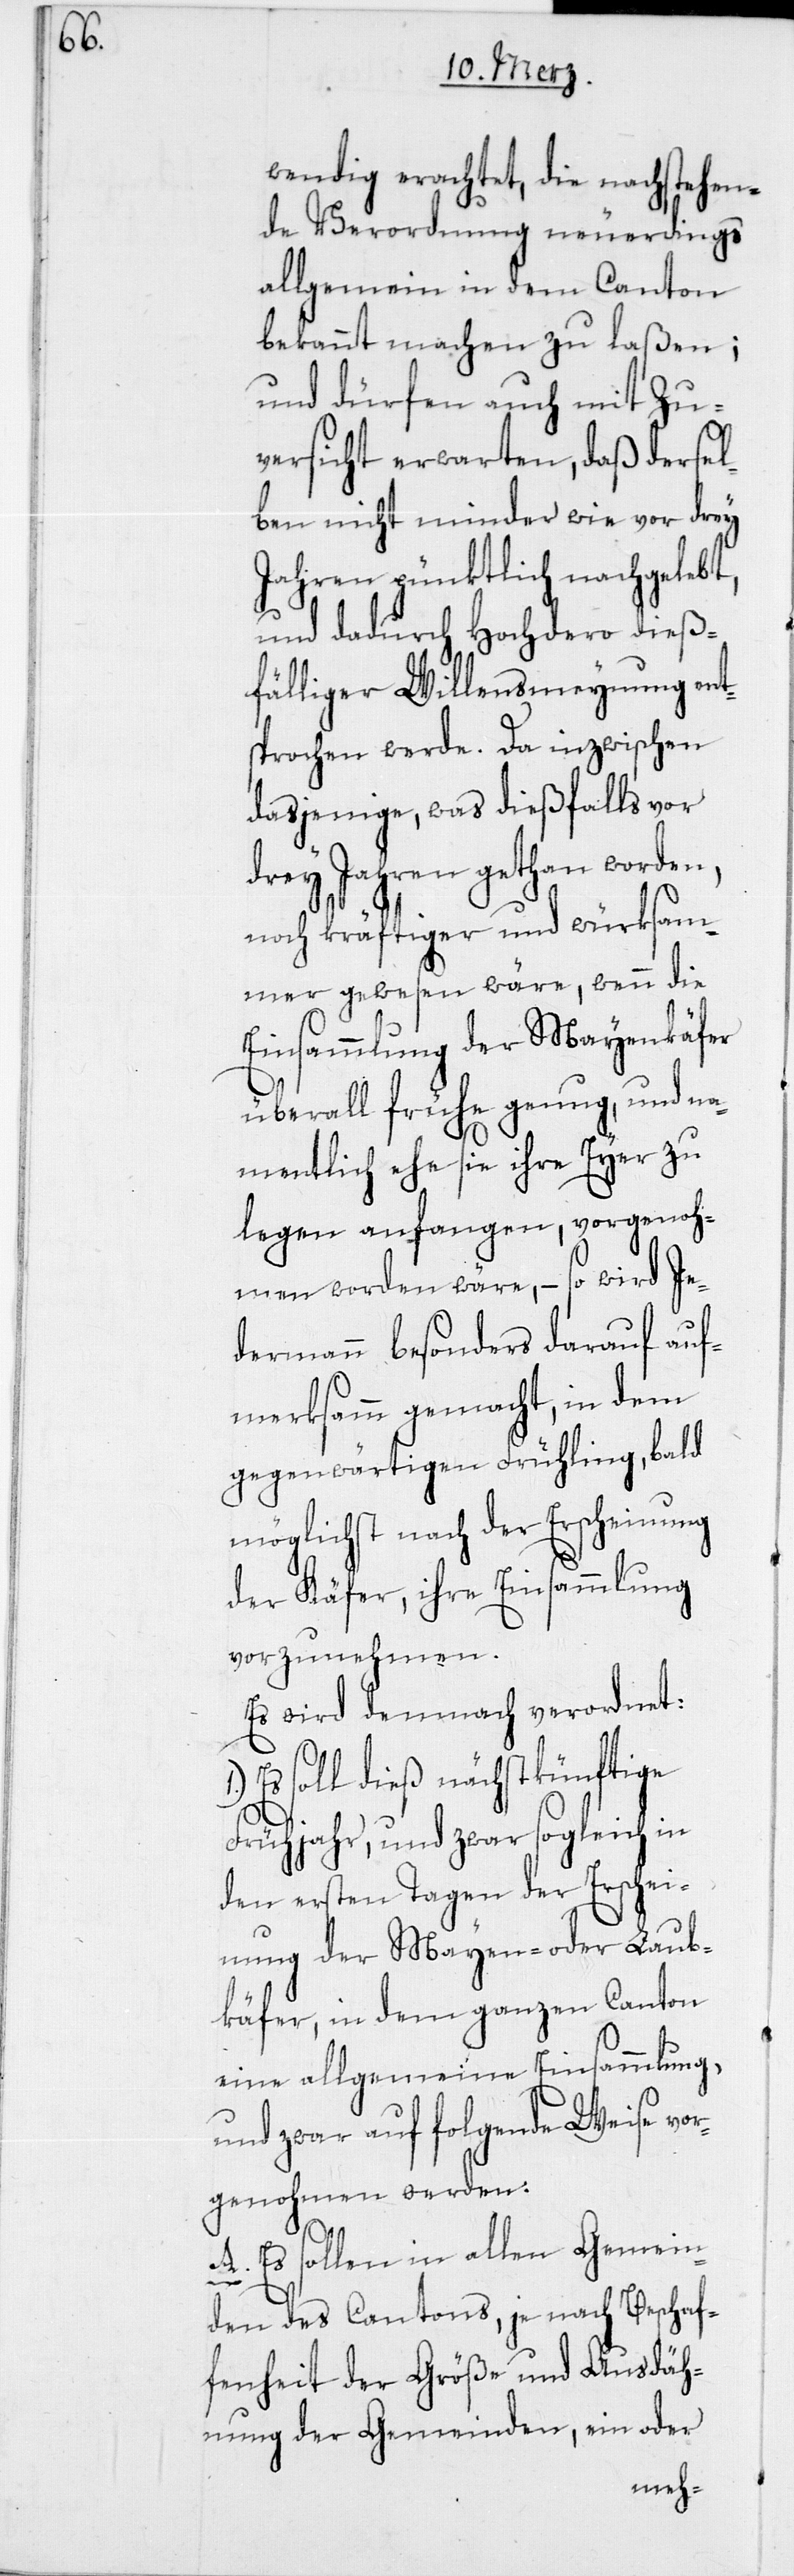
wendig erachtet, die nachstehen¬
de Verordnung neuerdings
allgemein in dem Canton
bekannt machen zu laßen;
und dürfen auch mit Zu¬
versicht erwarten, daß dersel¬
ben nicht minder wie vor drey
Jahren pünktlich nachgelebt,
und dadurch Hochdero dieß¬
fälliger Willensmeynung ent¬
sprochen werde. Da inzwischen
dasjenige, was dießfalls vor
drey Jahren gethan worden,
noch kräftiger und würksam¬
mer gewesen wäre, wenn die
Einsammlung der Mayenkäfer
überall frühe genug, und na¬
mentlich ehe sie ihre Eyer zu
legen anfangen, vorgenoh¬
men worden wäre, – so wird Je¬
dermann besonders darauf auf¬
merksamm gemacht, in dem
gegenwärtigen Frühling, bald
möglichst nach der Erscheinung
der Käfer, ihre Einsammlung
vorzunehmen.
Es wird demnach verordnet:
Es soll dieß nächstkünftige
Frühjahr, und zwar sogleich in
den ersten Tagen der Erschei¬
nung der Mayen- oder Laub¬
käfer, in dem ganzen Canton
eine allgemeine Einsammlung,
und zwar auf folgende Weise vo¬
rgenohmen werden:
A. Es sollen in allen Gemein¬
den des Cantons, je nach Beschaf¬
fenheit der Größe und Ausdäh¬
nung der Gemeinden, ein oder